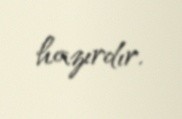
hazırdır.